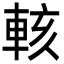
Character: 輆